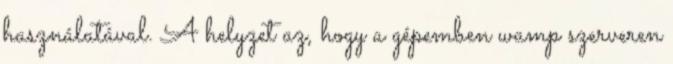
használatával. A helyzet az, hogy a gépemben wamp szerveren